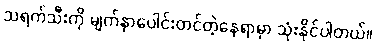
သရက်သီးကို မျက်နှာပေါင်းတင်တဲ့နေရာမှာ သုံးနိုင်ပါတယ်။